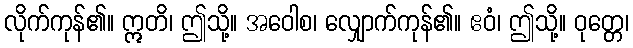
လိုက်ကုန်၏။ ဣတိ၊ ဤသို့။ အဝေါစ၊ လျှောက်ကုန်၏။ ဧဝံ၊ ဤသို့။ ဝုတ္တေ၊